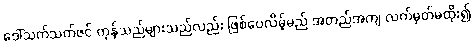
ဒေါ်သက်သက်ဇင် ကုန်သည်များသည်လည်း ဖြစ်ပေလိမ့်မည် အတည်အကျ လက်မှတ်မထိုး၍